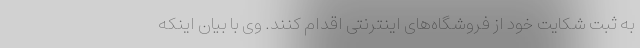
به ثبت شکایت خود از فروشگاه‌های اینترنتی اقدام کنند. وی با بیان اینکه